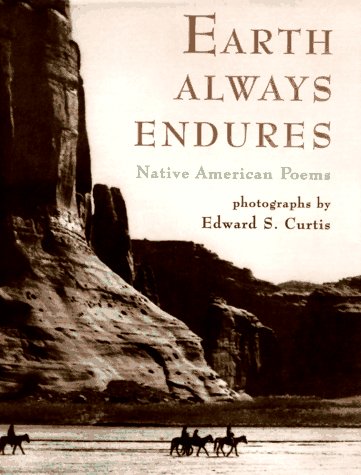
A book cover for Earth Always Endures: Native American Poems; Teen & Young Adult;